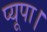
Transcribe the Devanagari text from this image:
प्यूपा।